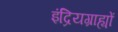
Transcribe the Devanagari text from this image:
इंद्रियग्राह्यों